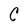
Character: C